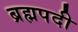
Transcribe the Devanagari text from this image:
ब्रह्मपदी